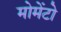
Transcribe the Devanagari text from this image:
मोमेंटो